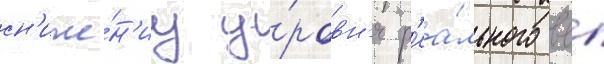
сн'иже́н'иу у́ровн'я р'еа́льного ввп